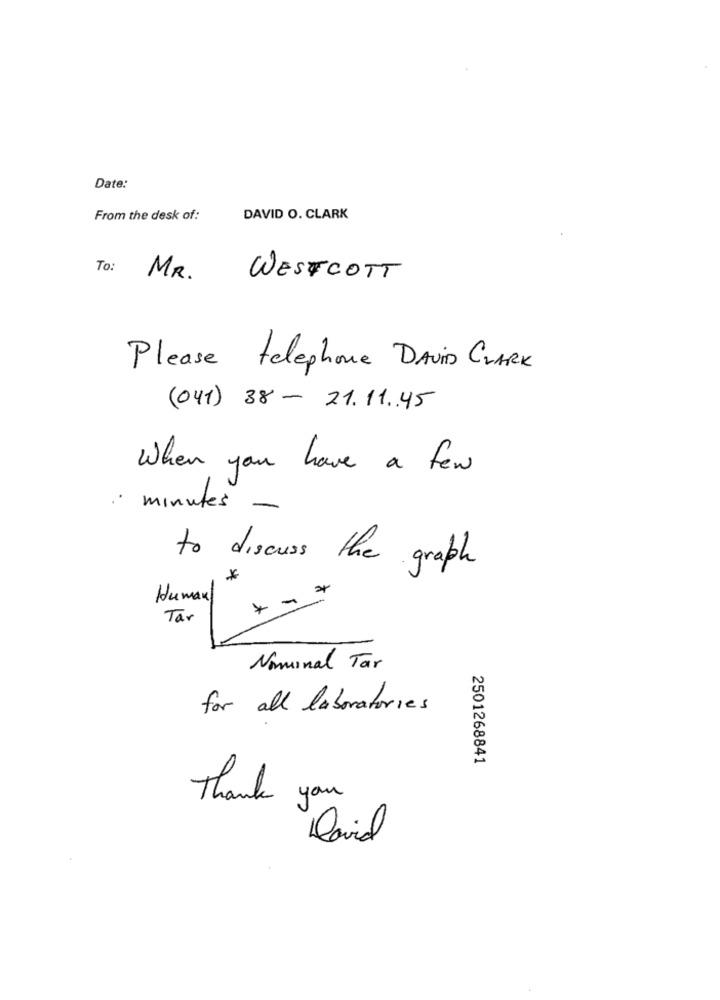
Date:
From the desk of:
DAVID O. CLARK
To:
MR.
WESTCOTT
Please telephone David CLARK
(041) 38 - 21.11.45
When you have a few
· minutes -
to discuss the graph
*
Human
-
Tar
Nominal Tar
for all laboratories
2501268841
Thank you
David